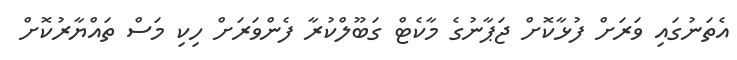
އެތަނުގައި ވަރަށް ފުޅާކޮށް ޖަޕާނުގެ މާކެޓް ގަބޫލްކުރާ ފެންވަރަށް ހިކި މަސް ތައްޔާރުކޮށް